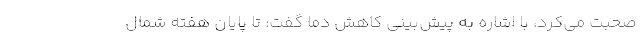
صحبت می‌کرد، با اشاره به پیش‌بینی کاهش دما گفت: تا پایان هفته شمال